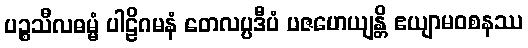
ပဉ္စသီလဓမ္မံ ပါဠိဂမနံ တေလပ္ပဒီပံ ပဇဟေယျန္တိ ဧယျာမဝစနဿ